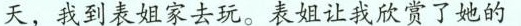
天，我到表姐家去玩。表姐让我欣赏了她的